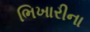
ભિખારીના